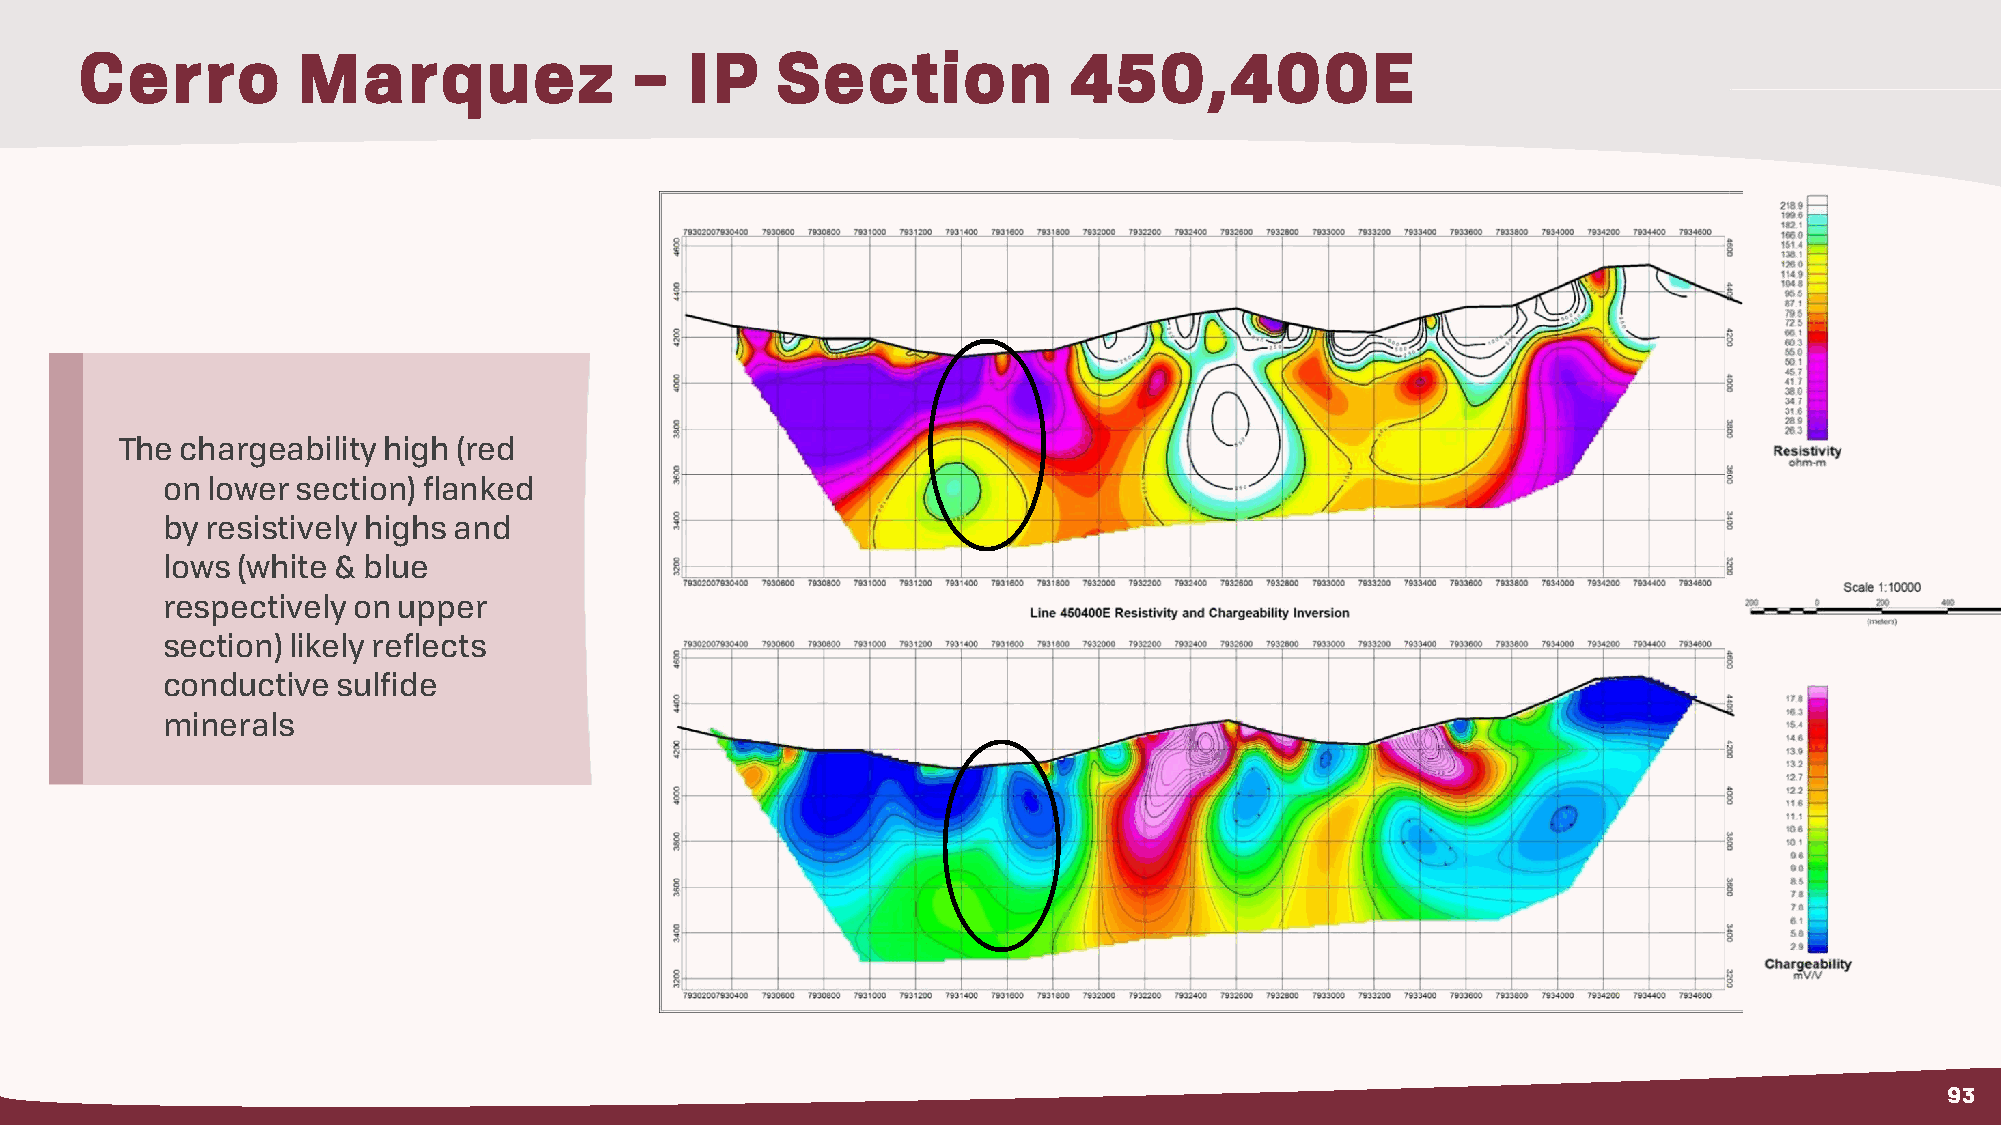
Cerro          Marquez               –  IP    Section             450,400E
 The chargeability high (red
 on lower section) flanked
 by resistively highs and
 lows (white & blue
 respectively on upper
 section) likely reflects
 conductive sulfide
 minerals
 93